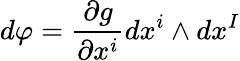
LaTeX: d{\varphi}={\frac{\partial g}{\partial x^{i}}}dx^{i}\wedge dx^{I}